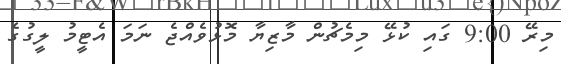
މިރޭ 9:00 ގައި ކުޅޭ މިމެޗުން މާޒިޔާ މޮޅުވެއްޖެ ނަމަ އެޓީމު ލީގުގެ